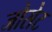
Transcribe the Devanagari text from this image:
जोसेट